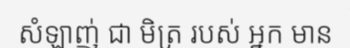
សំឡាញ់ ជា មិត្រ របស់ អ្នក មាន